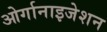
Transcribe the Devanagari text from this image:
ओर्गानाइजेशन